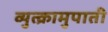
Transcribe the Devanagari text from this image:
व्युत्क्रामुपाती